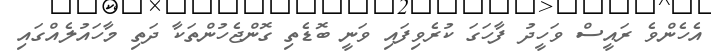
އެހެންވެ ރައީސް ވަހީދު ފާހަގަ ކުރެވިފައި ވަނީ ބޮޑެތި ގޮންޖެހުންތަކާ ދަތި މާހައުލެއްގައި